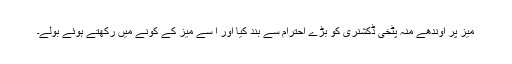
میز پر اوندھے منہ پٹخی ڈکشنری کو بڑے احترام سے بند کیا اور ا سے میز کے کونے میں رکھتے ہوئے بولے۔